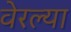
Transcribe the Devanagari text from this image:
वेरल्या